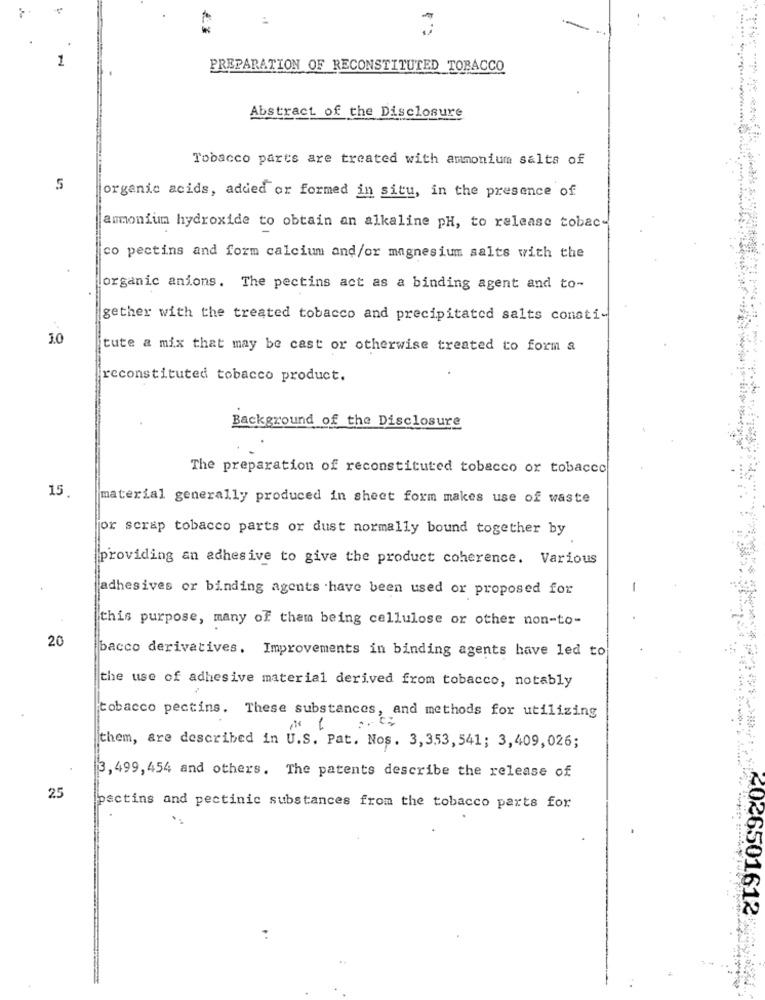
:.
1
PREPARATION OF RECONSTITUTED TOBACCO
Abstract of the Disclosure
Tobacco parts are treated with ammonium salts of
5
organic acids, added or formed in situ, in the presence of
ammonium hydroxide to obtain an alkaline pH, to release tobac
co pectins and form calcium and/or magnesium salts with the
organic anions. The pectins act as a binding agent and to-
gether with the treated tobacco and precipitated salts consti-
1.0
itute a mix that may be cast or otherwise treated to form a
reconstituted tobacco product.
Background of the Disclosure
The preparation of reconstituted tobacco or tobacco
15
material generally produced in sheet form makes use of waste
or scrap tobacco parts or dust normally bound together by
providing an adhesive to give the product coherence. Various
adhesives or binding agents have been used or proposed for
this purpose, many of them being cellulose or other non-to-
20
bacco derivatives. Improvements in binding agents have led to
the use of adhesive material derived from tobacco, notably
tobacco pectins. These substances, and methods for utilizing
them, are described in U.S. Pat. Nos. 3, 353, 541; 3, 409, 026;
3, 499, 454 and others. The patents describe the release of
25
pactins and pectinic substances from the tobacco parts for
4026501612